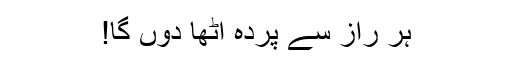
ہر راز سے پردہ اُٹھا دوں گا!